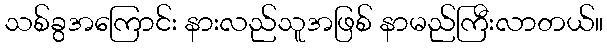
သစ်ခွအကြောင်း နားလည်သူအဖြစ် နာမည်ကြီးလာတယ်။